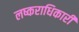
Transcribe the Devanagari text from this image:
लष्कराधिकारी